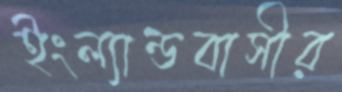
ইংল্যান্ডবাসীর